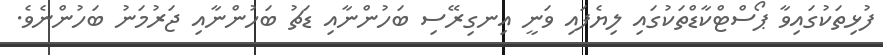
ފުޅިތަކުގައިވާ ޕޯސްޓްކާޑްތަކުގައި ލިޔެފައި ވަނީ އިނގިރޭސި ބަހުންނާއި ޑަޗު ބަހުންނާއި ޖަރުމަނު ބަހުންނެވެ.